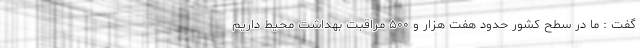
گفت : ما در سطح کشور حدود هفت هزار و ۵۰۰ مراقبت بهداشت محیط داریم